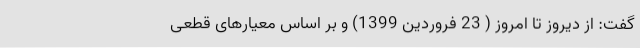
گفت: از دیروز تا امروز ( 23 فروردین 1399) و بر اساس معیارهای قطعی